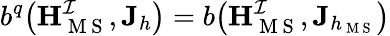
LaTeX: b^{q}\big(\mathbf{H}_{\mathrm{~M~S~}}^{\mathcal{I}},\mathbf{J}_{h}\big)=b\big(\mathbf{H}_{\mathrm{~M~S~}}^{\mathcal{I}},\mathbf{J}_{h_{\mathrm{~M~S~}}}\big)